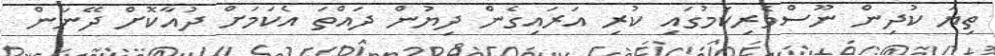
ތިޔަ ކުދިން ނޫސްވެރިކަމުގައި ކުރި އަރައިގެން ދިޔުން ދައްތަ އެކަމަށް ދުއާކޮށް ދޭނަން